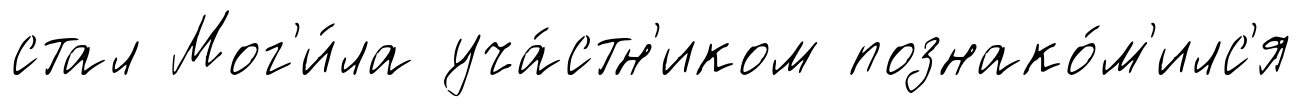
стал Мог'и́ла уча́стн'иком познако́м'илс'я